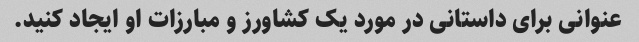
عنوانی برای داستانی در مورد یک کشاورز و مبارزات او ایجاد کنید.